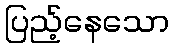
ပြည့်နေသော